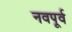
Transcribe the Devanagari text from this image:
नवपूर्व